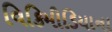
વિકિમીડિયાના